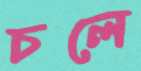
চলে